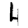
Digit: 4